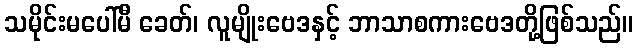
သမိုင်းမပေါ်မီ ခေတ်၊ လူမျိုးဗေဒနှင့် ဘာသာစကားဗေဒတို့ဖြစ်သည်။